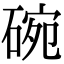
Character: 碗